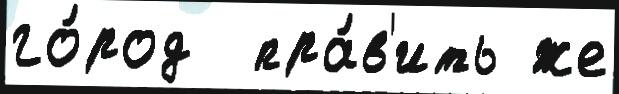
го́род  пра́в'ить же